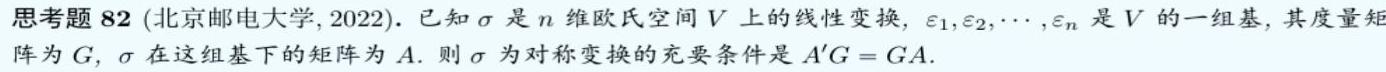
思考题 82 (北京邮电大学, 2022). 已知 $\sigma$ 是 $n$ 维欧氏空间 $V$ 上的线性变换, $\varepsilon_1,\varepsilon_2,\cdots,\varepsilon_n$ 是 $V$ 的一组基, 其度量矩阵为 $G$, $\sigma$ 在这组基下的矩阵为 $A$. 则 $\sigma$ 为对称变换的充要条件是 $A'G = GA$.